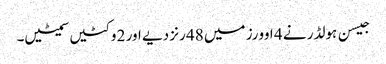
جیسن ہولڈر نے 4 اوورز میں 48 رنز دیے اور 2 وکٹیں سمیٹیں۔